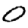
Digit: 0